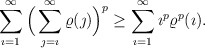
\begin{align*}\sum_{\imath=1}^{\infty}\Big(\sum_{\jmath=\imath}^{\infty}\varrho(\jmath)\Big)^p\geq\sum_{\imath=1}^{\infty}\imath^p\varrho^p(\imath).\end{align*}